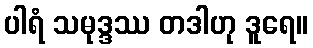
ပါရံ သမုဒ္ဒဿ တဒါဟု ဒူရေ။